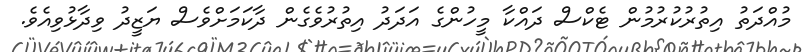
މުއްދަތު އިތުރުކުރުމުން ޓެކްސް ދައްކާ މީހުންގެ އަދަދު އިތުރުވެގެން ދާކަމަށްވެސް ޔަޒީދު ވިދާޅުވިއެވެ.